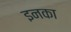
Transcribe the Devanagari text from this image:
इनका